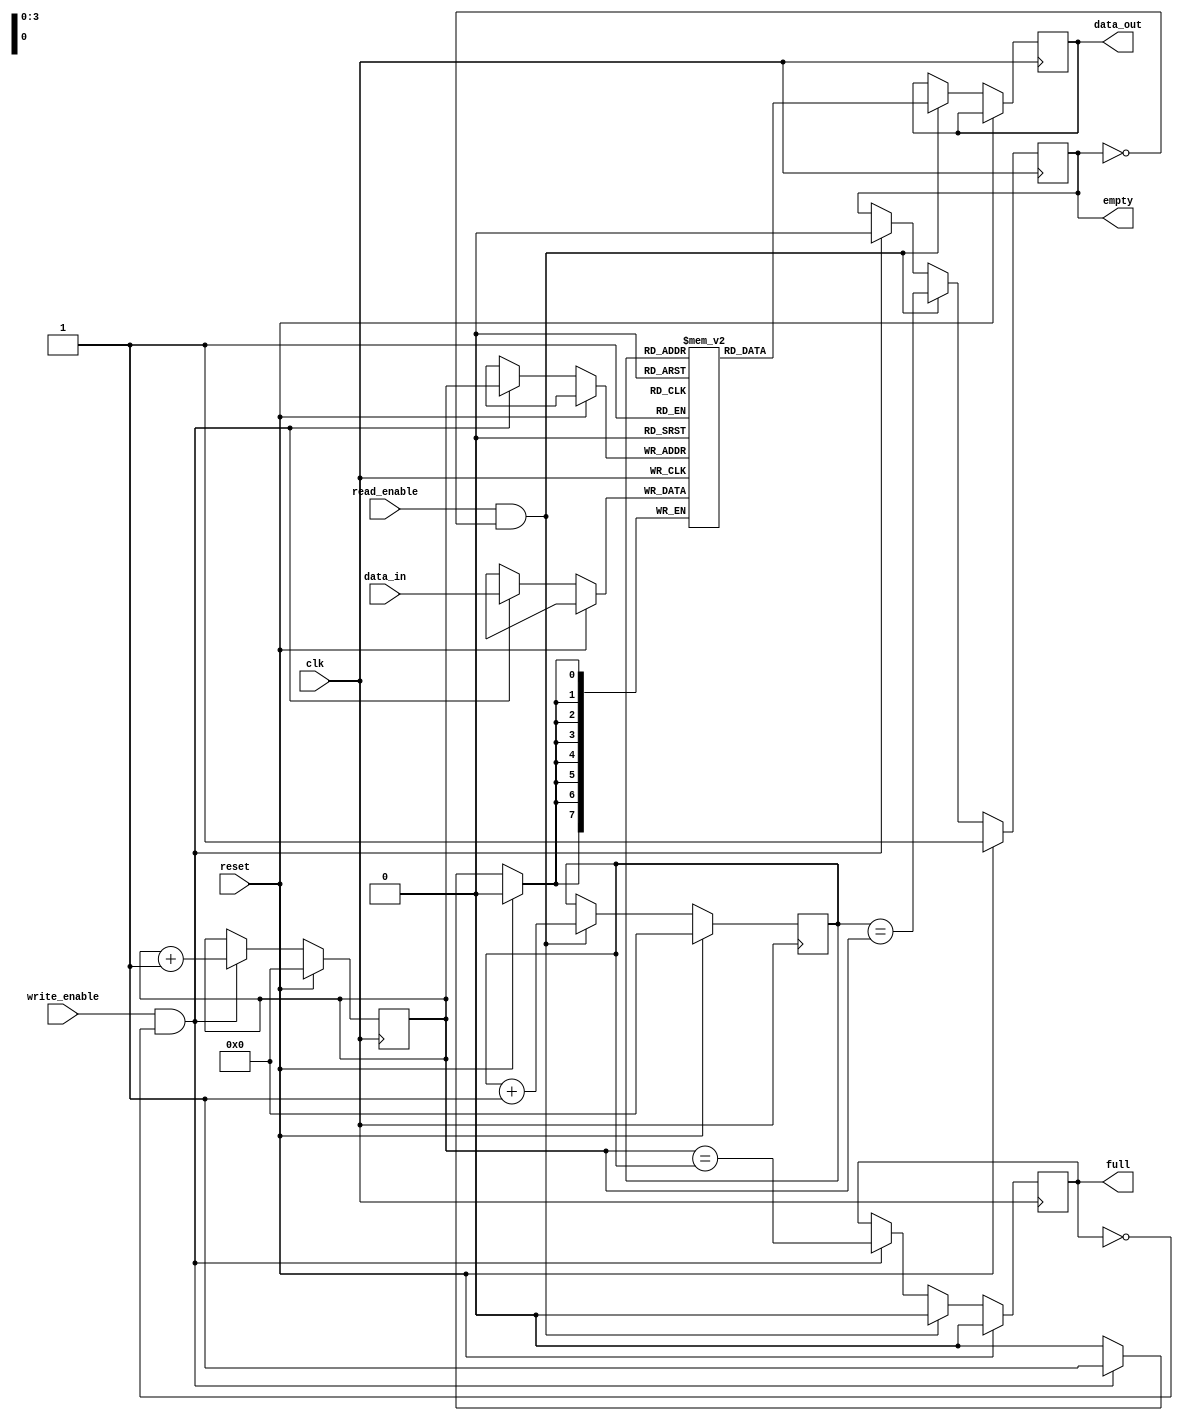
module bidirectional_fifo (
    input wire clk,              //clock signal
    input wire reset,            //reset signal
    input wire write_enable,     //write enable signal
    input wire read_enable,      //read enable signal
    input wire [7:0] data_in,    //input data
    output wire [7:0] data_out,  //output data
    output wire full,            //FIFO full flag
    output wire empty            //FIFO empty flag
);

parameter DEPTH = 16;           //FIFO depth
reg [7:0] fifo [0:DEPTH-1];     //FIFO buffer storage
reg [3:0] write_pointer;        //write pointer
reg [3:0] read_pointer;         //read pointer
reg full_flag;                  //FIFO full flag
reg empty_flag;                 //FIFO empty flag

//initialize FIFO pointers and flags
initial begin
    write_pointer = 4'b0000;
    read_pointer = 4'b0000;
    full_flag = 1'b0;
    empty_flag = 1'b1;
end

//sequential logic for FIFO operations
always @(posedge clk) begin
    if (reset) begin
        write_pointer <= 4'b0000;
        read_pointer <= 4'b0000;
        full_flag <= 1'b0;
        empty_flag <= 1'b1;
    end else begin
        //write operation
        if (write_enable && !full_flag) begin
            fifo[write_pointer] <= data_in;
            write_pointer <= write_pointer + 1;
            full_flag <= (write_pointer == read_pointer);
            empty_flag <= 1'b0;
        end
        //read operation
        if (read_enable && !empty_flag) begin
            data_out <= fifo[read_pointer];
            read_pointer <= read_pointer + 1;
            empty_flag <= (read_pointer == write_pointer);
            full_flag <= 1'b0;
        end
    end
end

assign full = full_flag;
assign empty = empty_flag;

endmodule